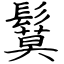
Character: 鬕